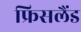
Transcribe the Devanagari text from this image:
फ्रिसलैंड